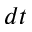
d t